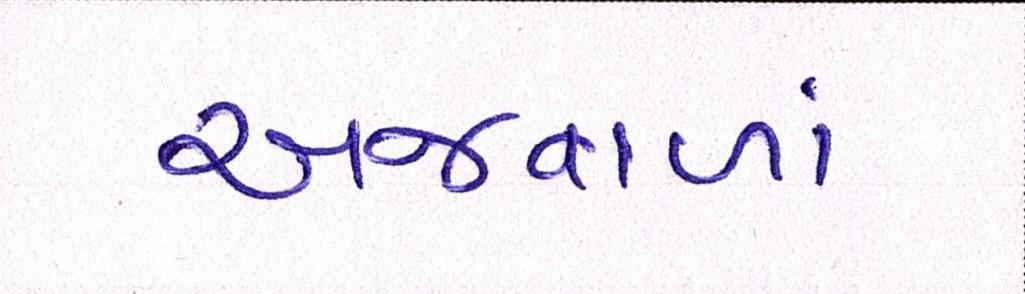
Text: અજવાળાં